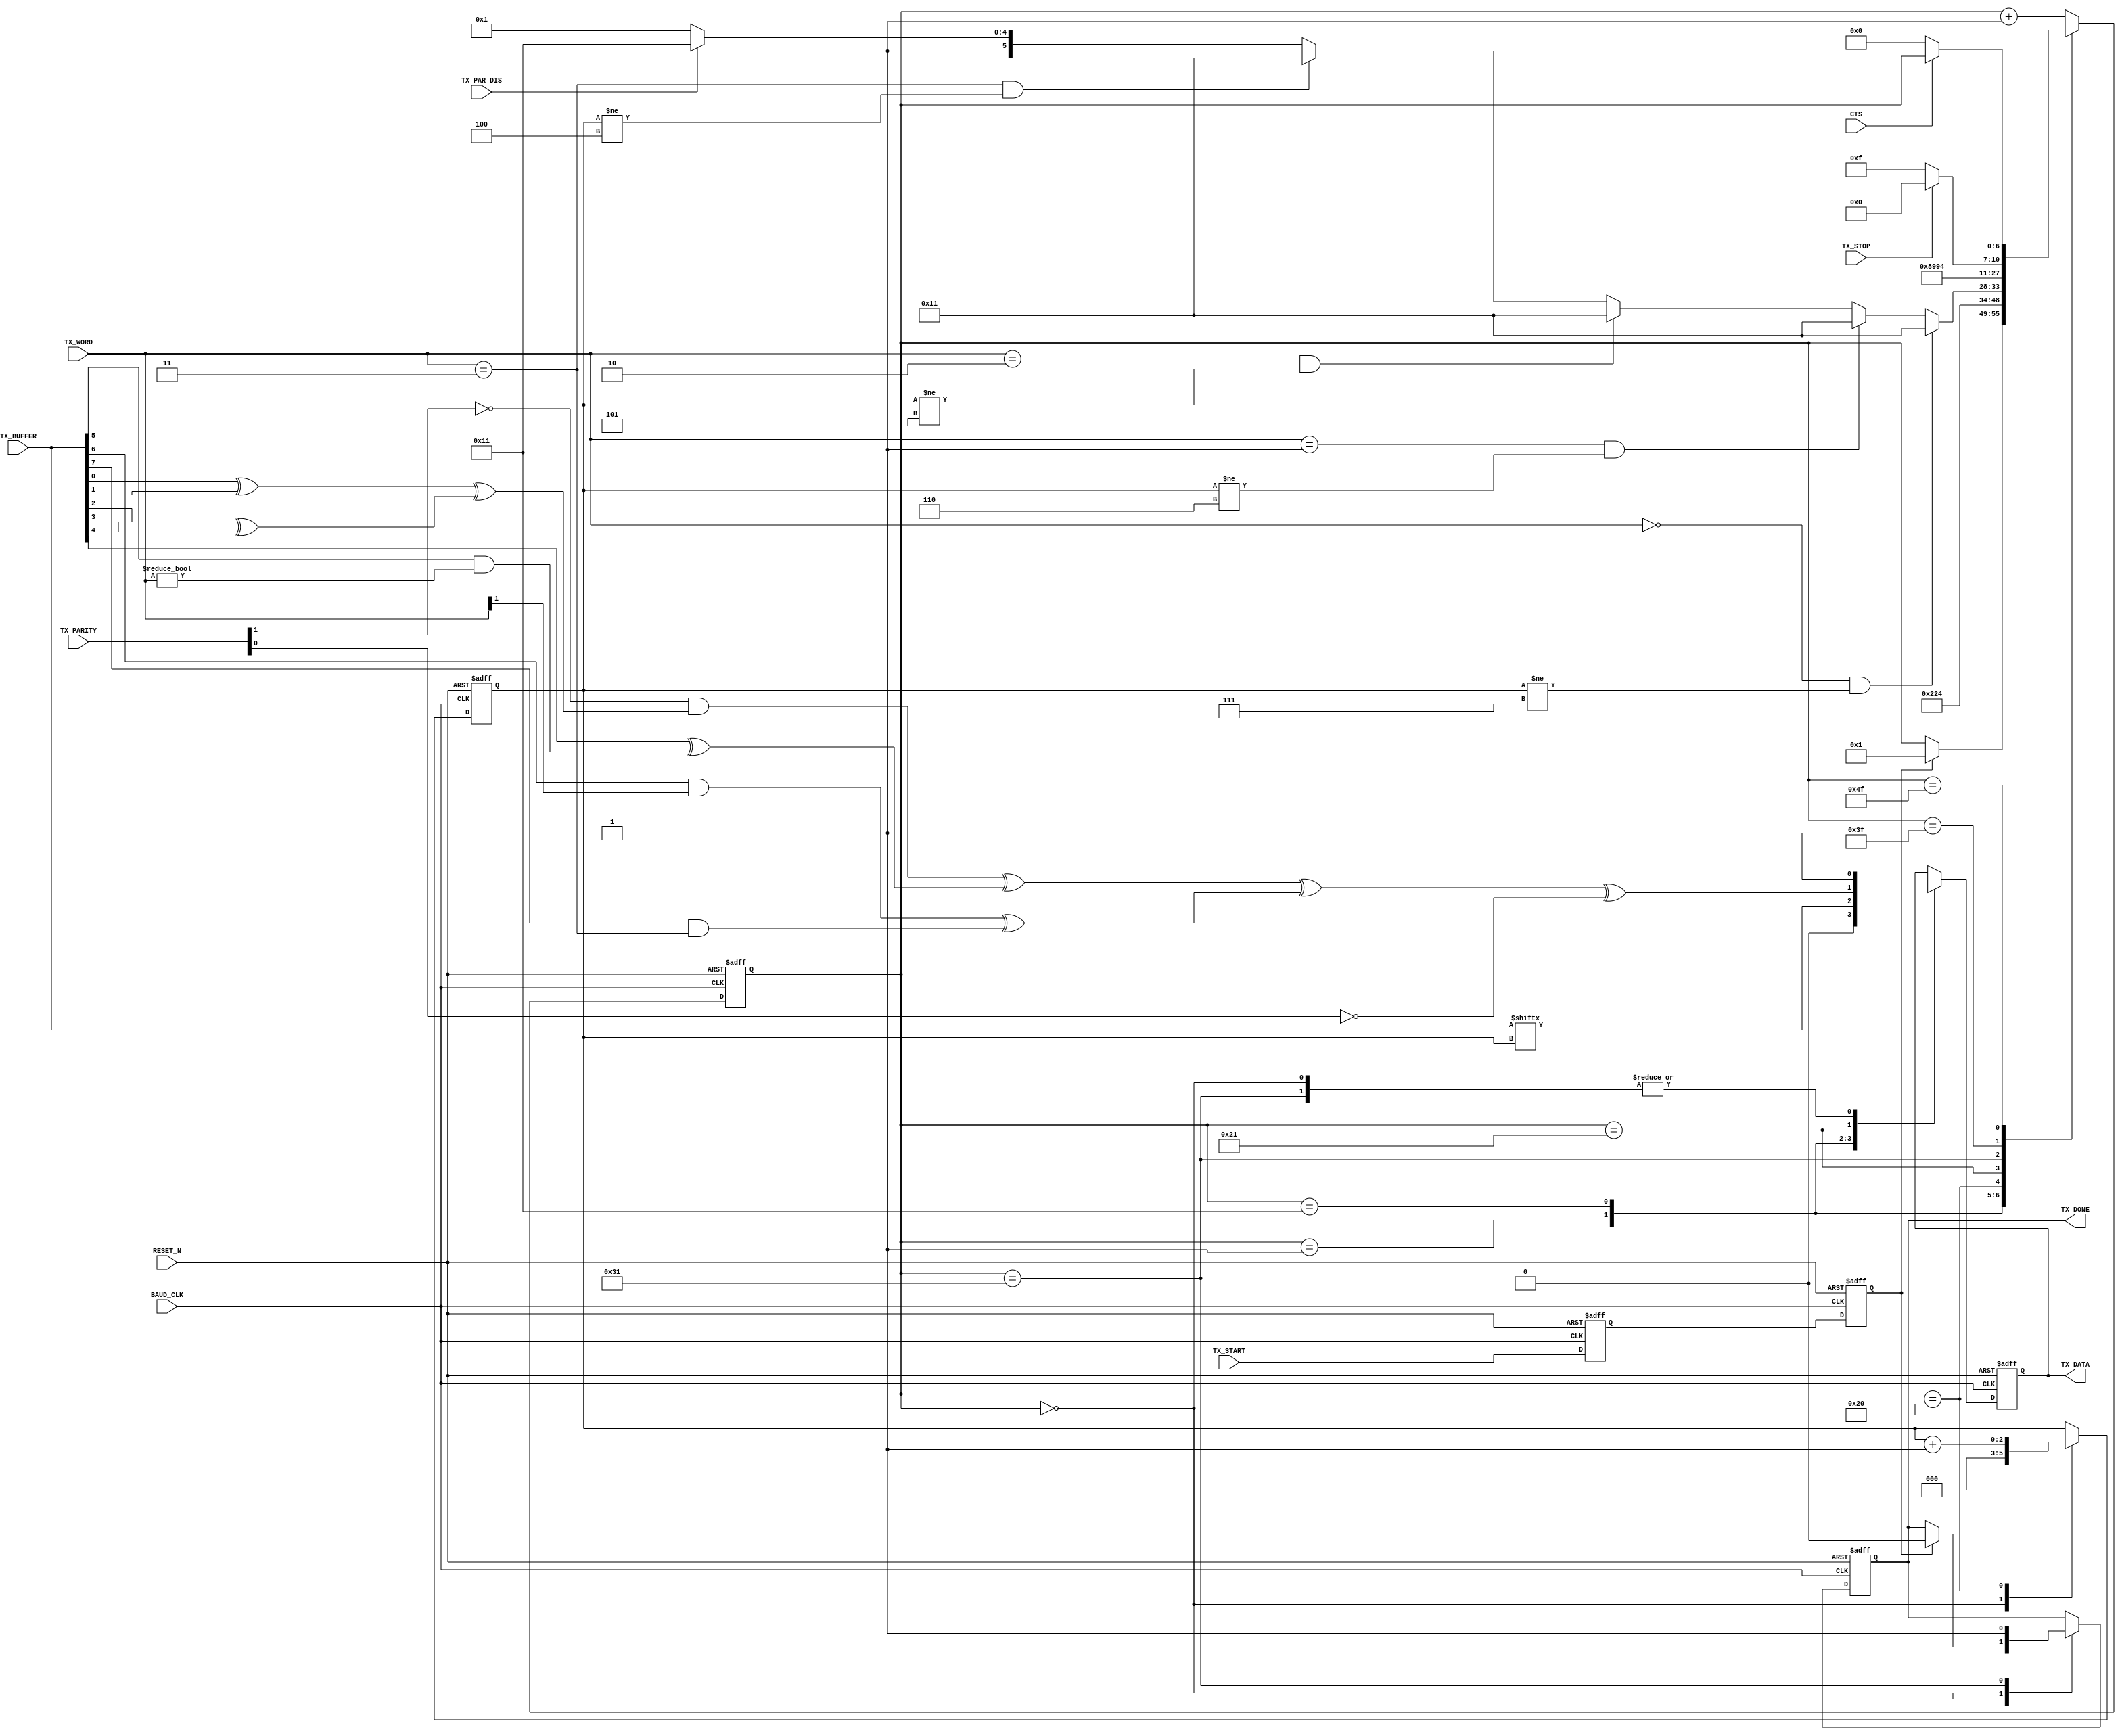
module uart51_tx(
BAUD_CLK,
RESET_N,
TX_DATA,
TX_START,
TX_DONE,
TX_STOP,
TX_WORD,
TX_PAR_DIS,
TX_PARITY,
CTS,
TX_BUFFER
);

input					BAUD_CLK;
input					RESET_N;
output				TX_DATA;
reg					TX_DATA;
input					TX_START;
output				TX_DONE;
reg					TX_DONE;
input					TX_STOP;
input		[1:0]		TX_WORD;
input					TX_PAR_DIS;
input		[1:0]		TX_PARITY;
input					CTS;
input		[7:0]		TX_BUFFER;

reg		[6:0]		STATE;
reg		[2:0]		BIT;
wire					PARITY;
reg					TX_START0;
reg					TX_START1;

assign PARITY =	(~TX_PARITY[1]

					&	((TX_BUFFER[0] ^ TX_BUFFER[1])
					^	 (TX_BUFFER[2] ^ TX_BUFFER[3]))

					^	 (TX_BUFFER[4]
					^   (TX_BUFFER[5] & (TX_WORD != 2'b00)))

					^  ((TX_BUFFER[6] & (TX_WORD[1] == 1'b1))
					^   (TX_BUFFER[7] & (TX_WORD == 2'b11)))) // clear bit #8 if only 7 bits

					^	  ~TX_PARITY[0];

always @ (negedge BAUD_CLK or negedge RESET_N)
begin
	if(!RESET_N)
	begin
		STATE <= 7'b0000000;
		TX_DATA <= 1'b1;
		TX_DONE <= 1'b1;
		BIT <= 3'b000;
		TX_START0 <= 1'b0;
		TX_START1 <= 1'b0;
	end
	else
	begin
		TX_START0 <= TX_START;
		TX_START1 <= TX_START0;
		case (STATE)
		7'b0000000:
		begin
			BIT <= 3'b000;
			TX_DATA <= 1'b1;
			if(TX_START1 == 1'b1)
			begin
				TX_DONE <= 1'b0;
				STATE <= 7'b0000001;
			end
		end
		7'b0000001:									// Start bit
		begin
			TX_DATA <= 1'b0;
			STATE <= 7'b0000010;
		end
		7'b0010001:
		begin
			TX_DATA <= TX_BUFFER[BIT];
			STATE <= 7'b0010010;
		end
		7'b0100000:
		begin
			BIT <= BIT + 1'b1;
			if((TX_WORD == 2'b00) && (BIT != 3'b111))
			begin
				STATE <= 7'b0010001;
			end
			else
			begin
				if((TX_WORD == 2'b01) && (BIT != 3'b110))
				begin
					STATE <= 7'b0010001;
				end
				else
				begin
					if((TX_WORD == 2'b10) && (BIT != 3'b101))
					begin
						STATE <= 7'b0010001;
					end
					else
					begin
						if((TX_WORD == 2'b11) && (BIT != 3'b100))
						begin
							STATE <= 7'b0010001;
						end
						else
						begin
							if(!TX_PAR_DIS)
							begin
								STATE <= 7'b0100001;				// do parity
							end
							else
							begin
								STATE <= 7'b0110001;				// do stop
							end
						end
					end
				end
			end
		end
// Start parity bit
		7'b0100001:
		begin
			TX_DATA <= PARITY;
			STATE <= 7'b0100010;
		end
// start stop
		7'b0110001:
		begin
			TX_DONE <= 1'b1;
			TX_DATA <= 1'b1;
			STATE <= 7'b0110010;
		end
// end of first stop bit-1
		7'b0111111:
		begin
			if(!TX_STOP)
				STATE <= 7'b1001111;						// go check for CTS
			else
				STATE <= 7'b1000000;
		end
		7'b1001111:
		begin
			if(!CTS)								// this is not correct for a 6551
			begin
				STATE <= 7'b0000000;
			end
		end
		default: STATE <= STATE + 1'b1;
		endcase
	end
end
endmodule